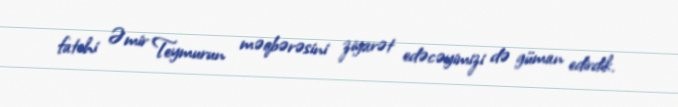
fatehi Əmir Teymurun məqbərəsini ziyarət edəcəyimizi də güman edirdik.